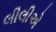
લીલીએ